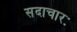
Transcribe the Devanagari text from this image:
सदाचारः